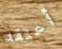
أعتقد